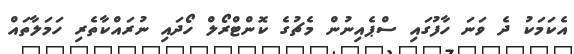
އެކަމަކު ދެ ވަނަ ހާފުގައި ސްޕެއިނުން މެޗުގެ ކޮންޓްރޯލް ހޯދައި ނުރައްކާތެރި ހަމަލާތައް